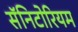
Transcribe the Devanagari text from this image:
सॅनिटोरियम